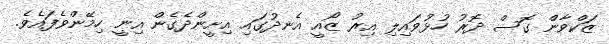
ޒަކްވާން ގޮސް ދޮރު ހުޅުވައިލި އިރު ޒޯއީ އެނދުގައި އިށީންދެގެން އިނީ ހިމޭންވެފައެވެ.